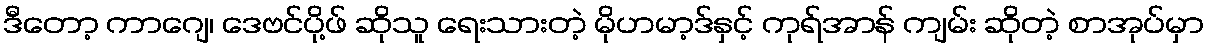
ဒီတော့ ကာဂျေ၊ ဒေဗင်ပို့ဖ် ဆိုသူ ရေးသားတဲ့ မိုဟမာ့ဒ်နှင့် ကုရ်အာန် ကျမ်း ဆိုတဲ့ စာအုပ်မှာ